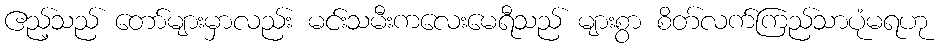
ဧည့်သည် တော်များမှာလည်း မင်းသမီးကလေးမေရီသည် များစွာ စိတ်လက်ကြည်သာပုံမရဟု